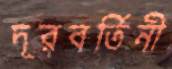
দূরবর্তিনী